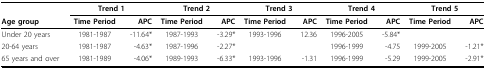
|  | <COLSPAN=2> Trend 1 | <COLSPAN=2> Trend 2 | <COLSPAN=2> Trend 3 | <COLSPAN=2> Trend 4 | <COLSPAN=2> Trend 5 |
 | Age group | Time Period | APC | Time Period | APC | Time Period | APC | Time Period | APC | Time Period | APC |
 | --- | --- | --- | --- | --- | --- | --- | --- | --- | --- | --- |
 | Under 20 years | 1981-1987 | -11.64* | 1987-1993 | -3.29* | 1993-1996 | 12.36 | 1996-2005 | -5.84* |  |  |
 | 20-64 years | 1981-1987 | -4.63* | 1987-1996 | -2.27* |  |  | 1996-1999 | -4.75 | 1999-2005 | -1.21* |
 | 65 years and over | 1981-1989 | -4.06* | 1989-1993 | -6.33* | 1993-1996 | -1.31 | 1996-1999 | -5.29 | 1999-2005 | -2.91* |